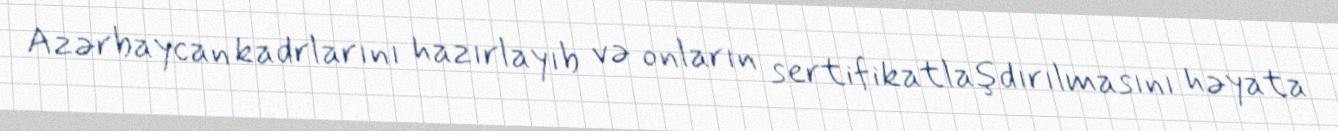
Azərbaycan kadrlarını hazırlayıb və onların sertifikatlaşdırılmasını həyata